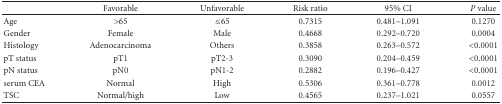
<table><thead><tr><td></td><td><b>Favorable</b></td><td><b>Unfavorable</b></td><td><b>Risk ratio</b></td><td><b>95% CI</b></td><td><b><i>P</i> value</b></td></tr></thead><tbody><tr><td>Age</td><td>&gt;65</td><td>≤65</td><td>0.7315 </td><td>0.481–1.091</td><td>0.1270</td></tr><tr><td>Gender</td><td>Female</td><td>Male</td><td>0.4668 </td><td>0.292–0.720</td><td>0.0004</td></tr><tr><td>Histology</td><td>Adenocarcinoma</td><td>Others</td><td>0.3858 </td><td>0.263–0.572</td><td>&lt;0.0001</td></tr><tr><td>pT status</td><td>pT1</td><td>pT2-3</td><td>0.3090 </td><td>0.204–0.459</td><td>&lt;0.0001</td></tr><tr><td>pN status</td><td>pN0</td><td>pN1-2</td><td>0.2882 </td><td>0.196–0.427</td><td>&lt;0.0001</td></tr><tr><td>serum CEA</td><td>Normal</td><td>High</td><td>0.5306 </td><td>0.361–0.778</td><td>0.0012</td></tr><tr><td>TSC</td><td>Normal/high</td><td>Low</td><td>0.4565 </td><td>0.237–1.021</td><td>0.0557</td></tr></tbody></table>